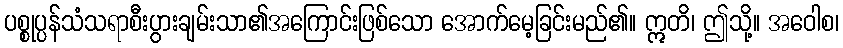
ပစ္စုပ္ပန်သံသရာစီးပွားချမ်းသာ၏အကြောင်းဖြစ်သော အောက်မေ့ခြင်းမည်၏။ ဣတိ၊ ဤသို့။ အဝေါစ၊